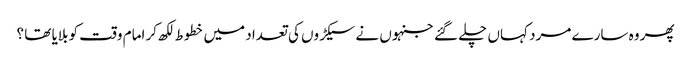
پھر وہ سارے مرد کہاں چلے گئے جنہوں نے سیکڑوں کی تعداد میں خطوط لکھ کر امام وقت کو بلایا تھا ؟